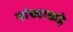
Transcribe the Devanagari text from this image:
यांच्याकड़े